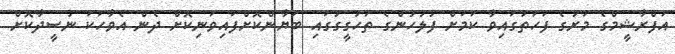
އަފްރާޝީމްގެ މަރުގެ ފަހަތުގައިވާ ކަމަށް ފުލުހުންގެ ތަހުގީގުގައި ބަޔާންކޮށްފައިވަނިކޮށް ދެން އެވާހަކަ ނުސީދާކޮށް